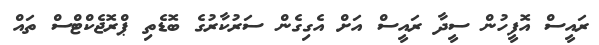
ރައީސް އޮފީހުން ސީދާ ރައީސް އަށް އެގިގެން ސަރުކާރުގެ ބޮޑެތި ޕްރޮޖެކްޓްސް ތައް